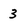
Character: 3